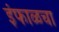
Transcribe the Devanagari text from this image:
इंफाळचा